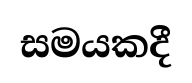
සමයකදී